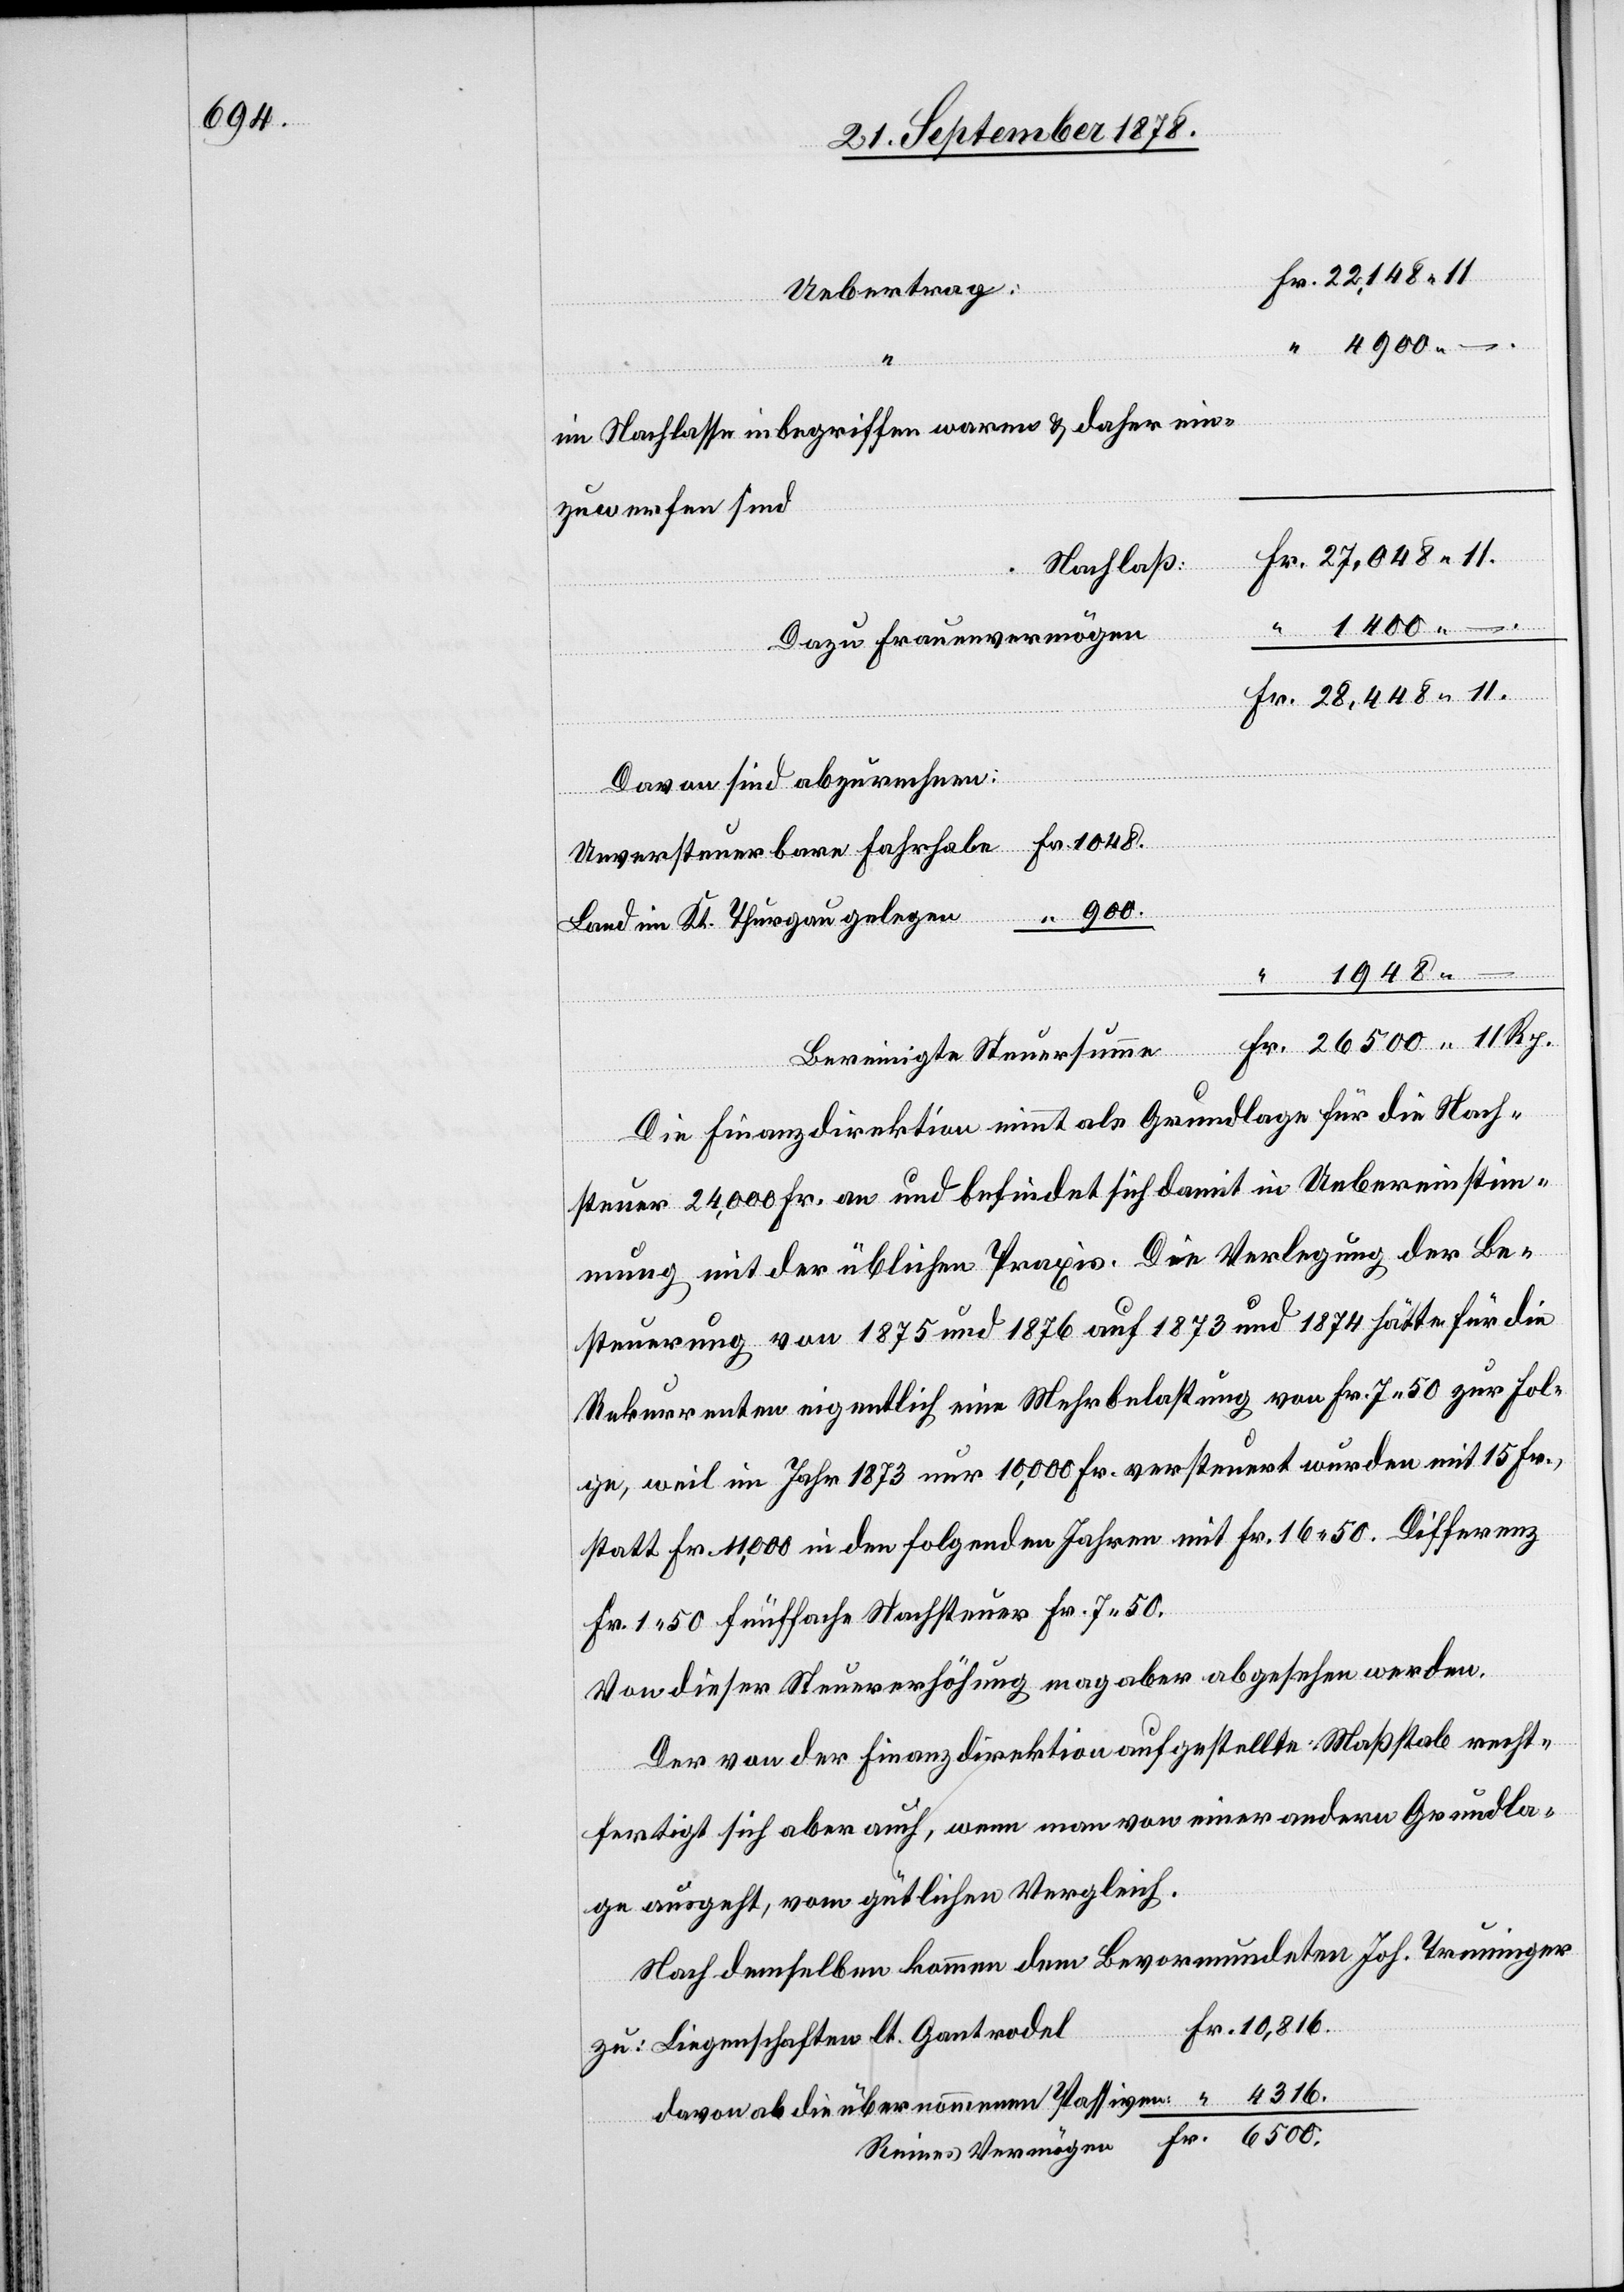
Uebertrag:
im Nachlasse inbegriffen waren & daher ein¬
zusenden sind
Nachlaß
1400. –
Dazu Frauenvermögen
Fr.
Davon sind abzunehmen:
Unversteuerbare Fahrhabe Fr. 1048
Land im Kt. Thurgau gelegen “ 900
“
1948.
“
Bereinigte Steuersumme
Die Finanzdirektion nimmt als Grundlage für die Nach¬
–
steuer 24,000 Fr. an und befindet sich damit in Uebereinstim¬
mung mit der üblichen Praxis. Die Verlegung der Be¬
steuerung von 1875 und 1876 auf 1873 und 1874 hätte für die
Rekurrenten eigentlich eine Mehrbelastung von Fr. 7 50 zur Fol¬
ge, weil im Jahr 1873 nur 10,000 Fr. versteuert wurden mit 15 Fr.,
statt Fr. 11,000 in den folgenden Jahren mit Fr. 16 50. Differenz
Fr. 1 50 fünffache Nachsteuer Fr. 7 50.
Von dieser Steuererhöhung mag aber abgesehen werden.
Der von der Finanzdirektion aufgestellte Maßstab recht¬
fertigt sich aber auch, wenn man von einer andern Grundla¬
ge ausgeht, vom gütlichen Vergleich.
Nach demselben kommen dem Bevormundeten Joh. Truninger
Liegenschaften lt. Gantrodel
davon ab die übernommenen Passiven